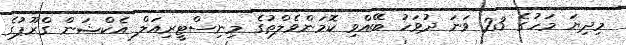
މިިދިޔަ މަހުގެ 23 ވަނަ ދުވަހު ބޭއްވި ކޮމަންވެލްތުގެ މިނިސްޓީރިއަލް އެކްޝަން ގްރޫޕުގެ